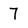
Character: 7